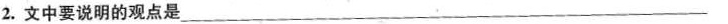
2.文中要说明的观点是___